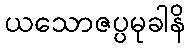
ယသောဇပ္ပမုခါနိ